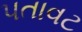
પતાવટ